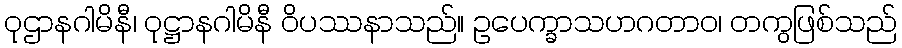
ဝုဌာနဂါမိနီ၊ ဝုဋ္ဌာနဂါမိနီ ဝိပဿနာသည်။ ဥပေက္ခာသဟဂတာဝ၊ တကွဖြစ်သည်